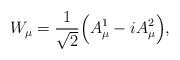
\begin{align*}W_{\mu}=\frac{1}{\sqrt{2}}\Big( A_{\mu}^{1}-iA_{\mu}^{2} \Big),\end{align*}